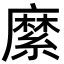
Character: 縻